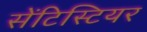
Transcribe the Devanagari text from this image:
सेंटिस्टियर